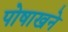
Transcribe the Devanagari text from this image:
पोषाखने